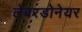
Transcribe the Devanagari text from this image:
लेबरडोनेयर